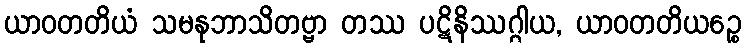
ယာဝတတိယံ သမနုဘာသိတဗ္ဗာ တဿ ပဋိနိဿဂ္ဂါယ, ယာဝတတိယဉ္စေ